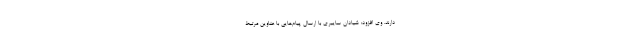
دارند. وی افزود: شیادان سایبری با ارسال پیام‌هایی با عناوین مرتبط